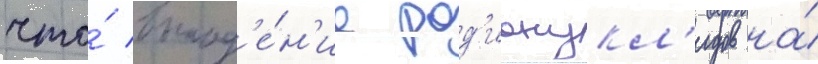
что́ выпад'е́н'ие рад'ионукл'идов на́